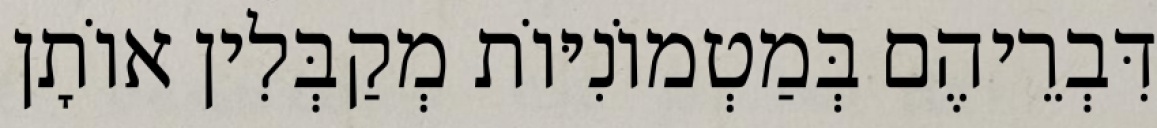
דִּבְרֵיהֶם בְּמַטְמוֹנִיּוֹת מְקַבְּלִין אוֹתָן